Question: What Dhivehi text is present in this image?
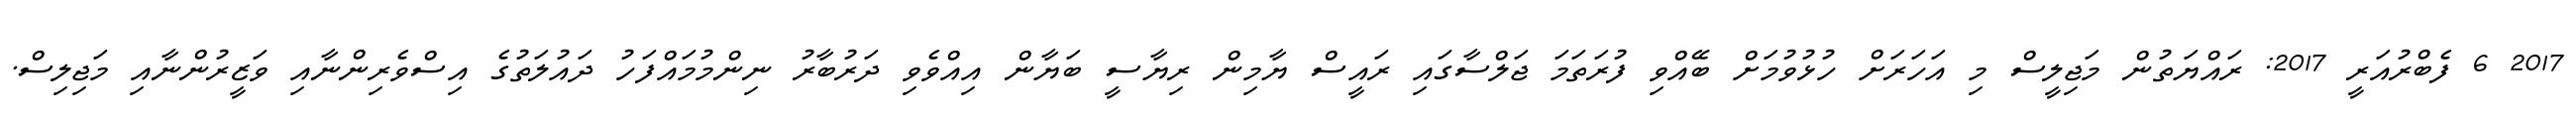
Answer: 2017 6 ފެބްރުއަރީ 2017: ރައްޔަތުން މަޖިލީސް މި އަހަރަށް ހުޅުވުމަށް ބޭއްވި ފުރަތަމަ ޖަލްސާގައި ރައީސް ޔާމިން ރިޔާސީ ބަޔާން އިއްވެވި ދަރުބާރު ނިންމުމައްފަހު ދައުލަތުގެ އިސްވެރިންނާއި ވަޒީރުންނާއި މަޖިލިސް.